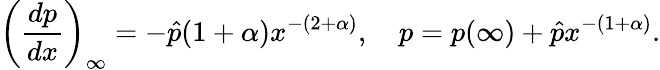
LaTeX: \left(\frac{dp}{dx}\right)_{\infty}=-\hat{p}(1+\alpha)x^{-(2+\alpha)},\quad p=p(\infty)+\hat{p}x^{-(1+\alpha)}.